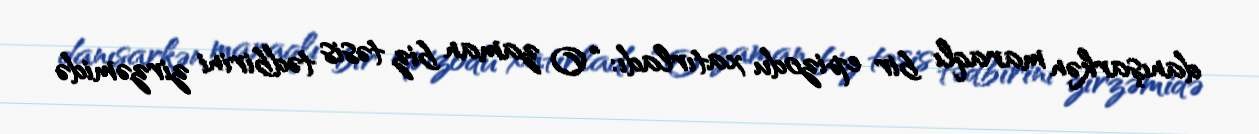
danışarkən maraqlı bir epizodu xatırladı: “O zaman biz təsis tədbirini zirzəmidə